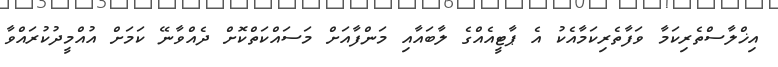
އިޚްލާސްތެރިކަމާ ވަފާތެރިކަމާއެކު އެ ޕާޓީއެއްގެ ލާބައާއި މަންފާއަށް މަސައްކަތްކޮށް ދެއްވާނޭ ކަމަށް އުއްމީދުކުރައްވާ